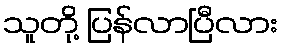
သူတို့ ပြန်လာပြီလား